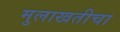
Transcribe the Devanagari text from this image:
मुलाखतीचा